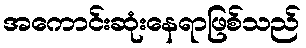
အကောင်းဆုံးနေရာဖြစ်သည်